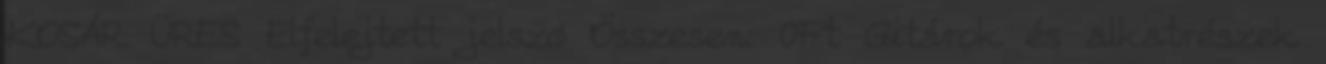
KOSÁR ÜRES Elfelejtett jelszó Összesen: 0Ft Gitárok és alkatrészek